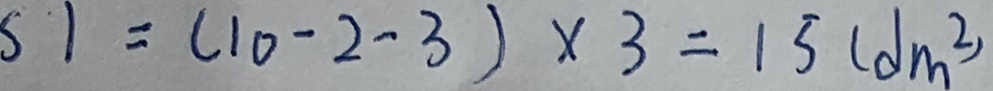
S 1 ( 1 0 - 2 - 3 ) \times 3 = 1 5 ( d m ^ { 2 } )